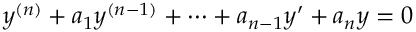
y ^ { ( n ) } + a _ { 1 } y ^ { ( n - 1 ) } + \cdots + a _ { n - 1 } y ^ { \prime } + a _ { n } y = 0